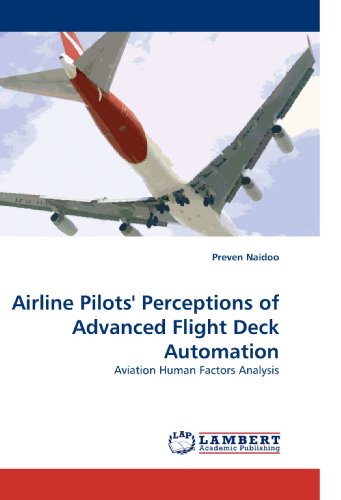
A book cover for Airline Pilots' Perceptions of Advanced Flight Deck Automation: Aviation Human Factors Analysis; Preven Naidoo; Medical Books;